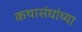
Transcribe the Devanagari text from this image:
कथासंघांच्या